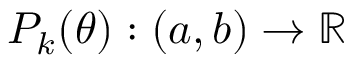
P _ { k } \mathopen { } \mathclose \bgroup \left( \theta \aftergroup \egroup \right) : ( a , b ) \rightarrow \mathbb { R }